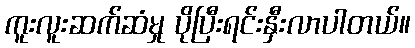
ကူးလူးဆက်ဆံမှု ပိုပြီးရင်းနှီးလာပါတယ်။